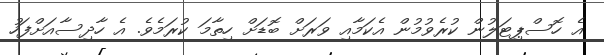
އެ ހޮސްޕިޓަލުން ކުރެވުމުން އެކަމާއި ވަރަށް ބޮޑަށް ހިތާމަ ކުރަމެވެ. އެ ހާދިސާއަށްފަހު